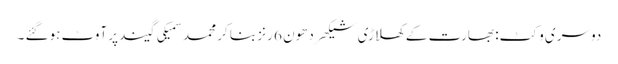
دوسری وکٹ: بھارت کے کھلاڑی شیکھر دھون 6 رنز بنا کر محمد سمیکی گیند پر آوٹ ہوگئے ۔